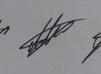
Signature authenticity: genuine